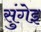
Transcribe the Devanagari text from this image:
सुंगेइ